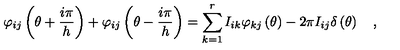
\varphi _ { i j } \left( \theta + \frac { i \pi } { h } \right) + \varphi _ { i j } \left( \theta - \frac { i \pi } { h } \right) = \sum _ { k = 1 } ^ { r } I _ { i k } \varphi _ { k j } \left( \theta \right) - 2 \pi I _ { i j } \delta \left( \theta \right) \quad ,